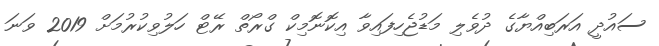
ސައުދީ އަރަބިއްޔާގެ ދުވެލި މަޑުޖެހިފައިވާ އިކޮނޮމިކް ގްރޯތް ރޭޓް ހަލުވިކުރުމަށް 2019 ވަނަ